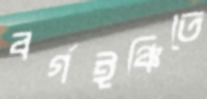
বর্গইঞ্চিতে